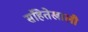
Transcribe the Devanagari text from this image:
संहितेखाली